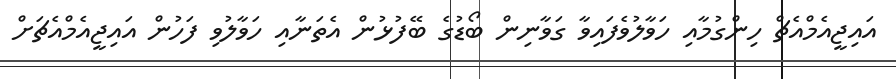
އައިޖީއެމްއެޗް ހިންގުމާއި ހަވާލުވެފައިވާ ގަވާނިން ބޯޑުގެ ބޭފުޅުން އެތަނާއި ހަވާލުވި ފަހުން އައިޖީއެމްއެޗަށް